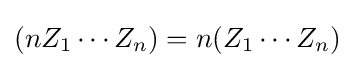
(nZ_{1}\cdots Z_{n})=n(Z_{1}\cdots Z_{n})